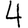
Digit: 4